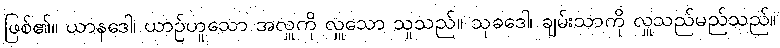
ဖြစ်၏။ ယာနဒေါ၊ ယာဉ်ဟူသော အလှူကို လှူသော သူသည်။ သုခဒေါ၊ ချမ်းသာကို လှူသည်မည်သည်။